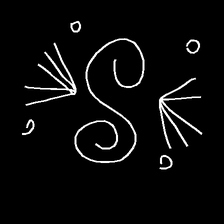
Glyph: aeroform